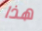
هذا